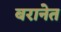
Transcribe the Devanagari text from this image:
बरानेत